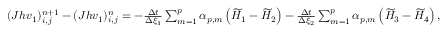
\begin{array} { r } { ( J h v _ { 1 } ) _ { i , j } ^ { n + 1 } - ( J h v _ { 1 } ) _ { i , j } ^ { n } = - \frac { \Delta t } { \Delta \xi _ { 1 } } \sum _ { m = 1 } ^ { p } \alpha _ { p , m } \left( \widetilde { H } _ { 1 } - \widetilde { H } _ { 2 } \right) - \frac { \Delta t } { \Delta \xi _ { 2 } } \sum _ { m = 1 } ^ { p } \alpha _ { p , m } \left( \widetilde { H } _ { 3 } - \widetilde { H } _ { 4 } \right) , } \end{array}